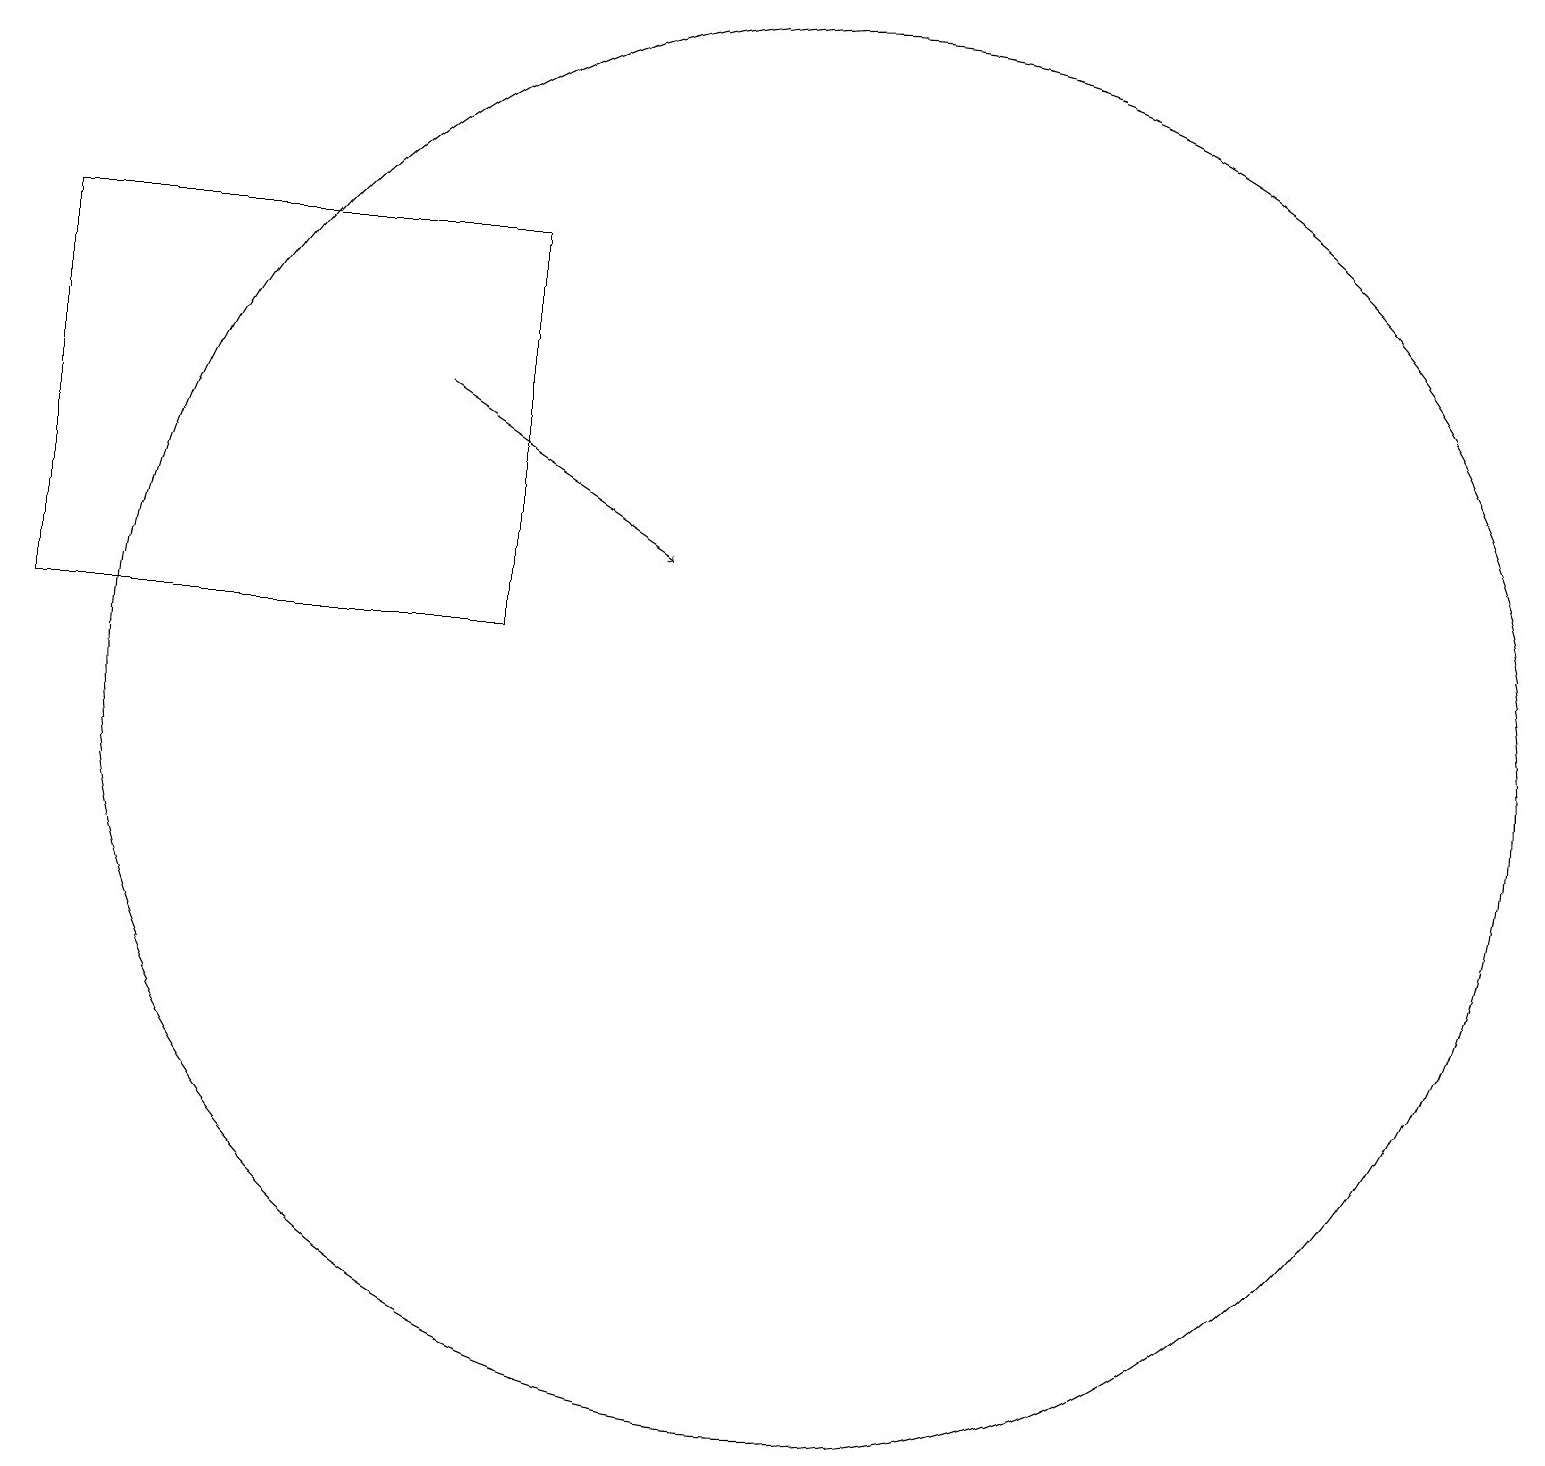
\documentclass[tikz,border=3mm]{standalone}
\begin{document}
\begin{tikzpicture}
\draw (10,11) circle (9);
\draw[->] (5,15) -- (8,13);
\draw (0,17) rectangle (6,12);
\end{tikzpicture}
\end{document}